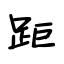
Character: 距